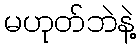
မဟုတ်ဘဲနဲ့